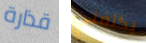
قذارة يكلفني